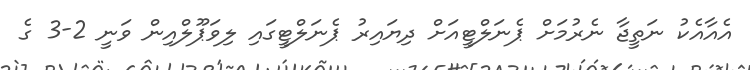
އެއާއެކު ނަތީޖާ ނެރުމަށް ޕެނަލްޓީއަށް ދިޔައިރު ޕެނަލްޓީގައި ލިވަޕޫލްއިން ވަނީ 2-3 ގެ